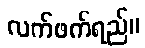
လက်ဖက်ရည်။